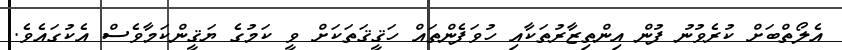
އެލޯތްބަށް ކުރެވުނު ފުން އިންތިޒާރުތަކާއި ހުވަފެންތައް ހަޤީޤަތަކަށް ވީ ކަމުގެ ޔަޤީންކަމާވެސް އެކުގައެވެ.